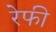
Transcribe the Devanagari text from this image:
रेफी